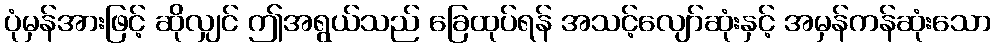
ပုံမှန်အားဖြင့် ဆိုလျှင် ဤအရွယ်သည် ခြေထုပ်ရန် အသင့်လျော်ဆုံးနှင့် အမှန်ကန်ဆုံးသော